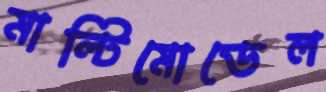
মাল্টিমোডেল